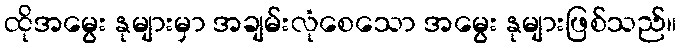
ထိုအမွေး နုများမှာ အချမ်းလုံစေသော အမွေး နုများဖြစ်သည်။